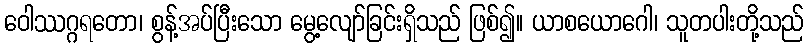
ဝေါဿဂ္ဂရတော၊ စွန့်အပ်ပြီးသော မွေ့လျော်ခြင်းရှိသည် ဖြစ်၍။ ယာစယောဂေါ၊ သူတပါးတို့သည်